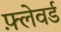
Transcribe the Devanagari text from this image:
फ़्लेवर्ड